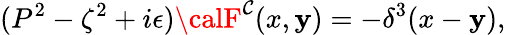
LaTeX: (P^{2}-\zeta^{2}+i\epsilon){\calF}^{\mathcal{C}}(x,\mathbf{y})=-\delta^{3}(x-\mathbf{y}),